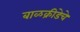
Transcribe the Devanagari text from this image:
बाळक्रीडेचे